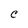
Character: C